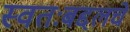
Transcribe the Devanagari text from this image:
स्वतःबद्दलचे